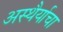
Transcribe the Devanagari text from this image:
अस्थैर्याचा